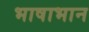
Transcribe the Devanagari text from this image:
भाषाभान